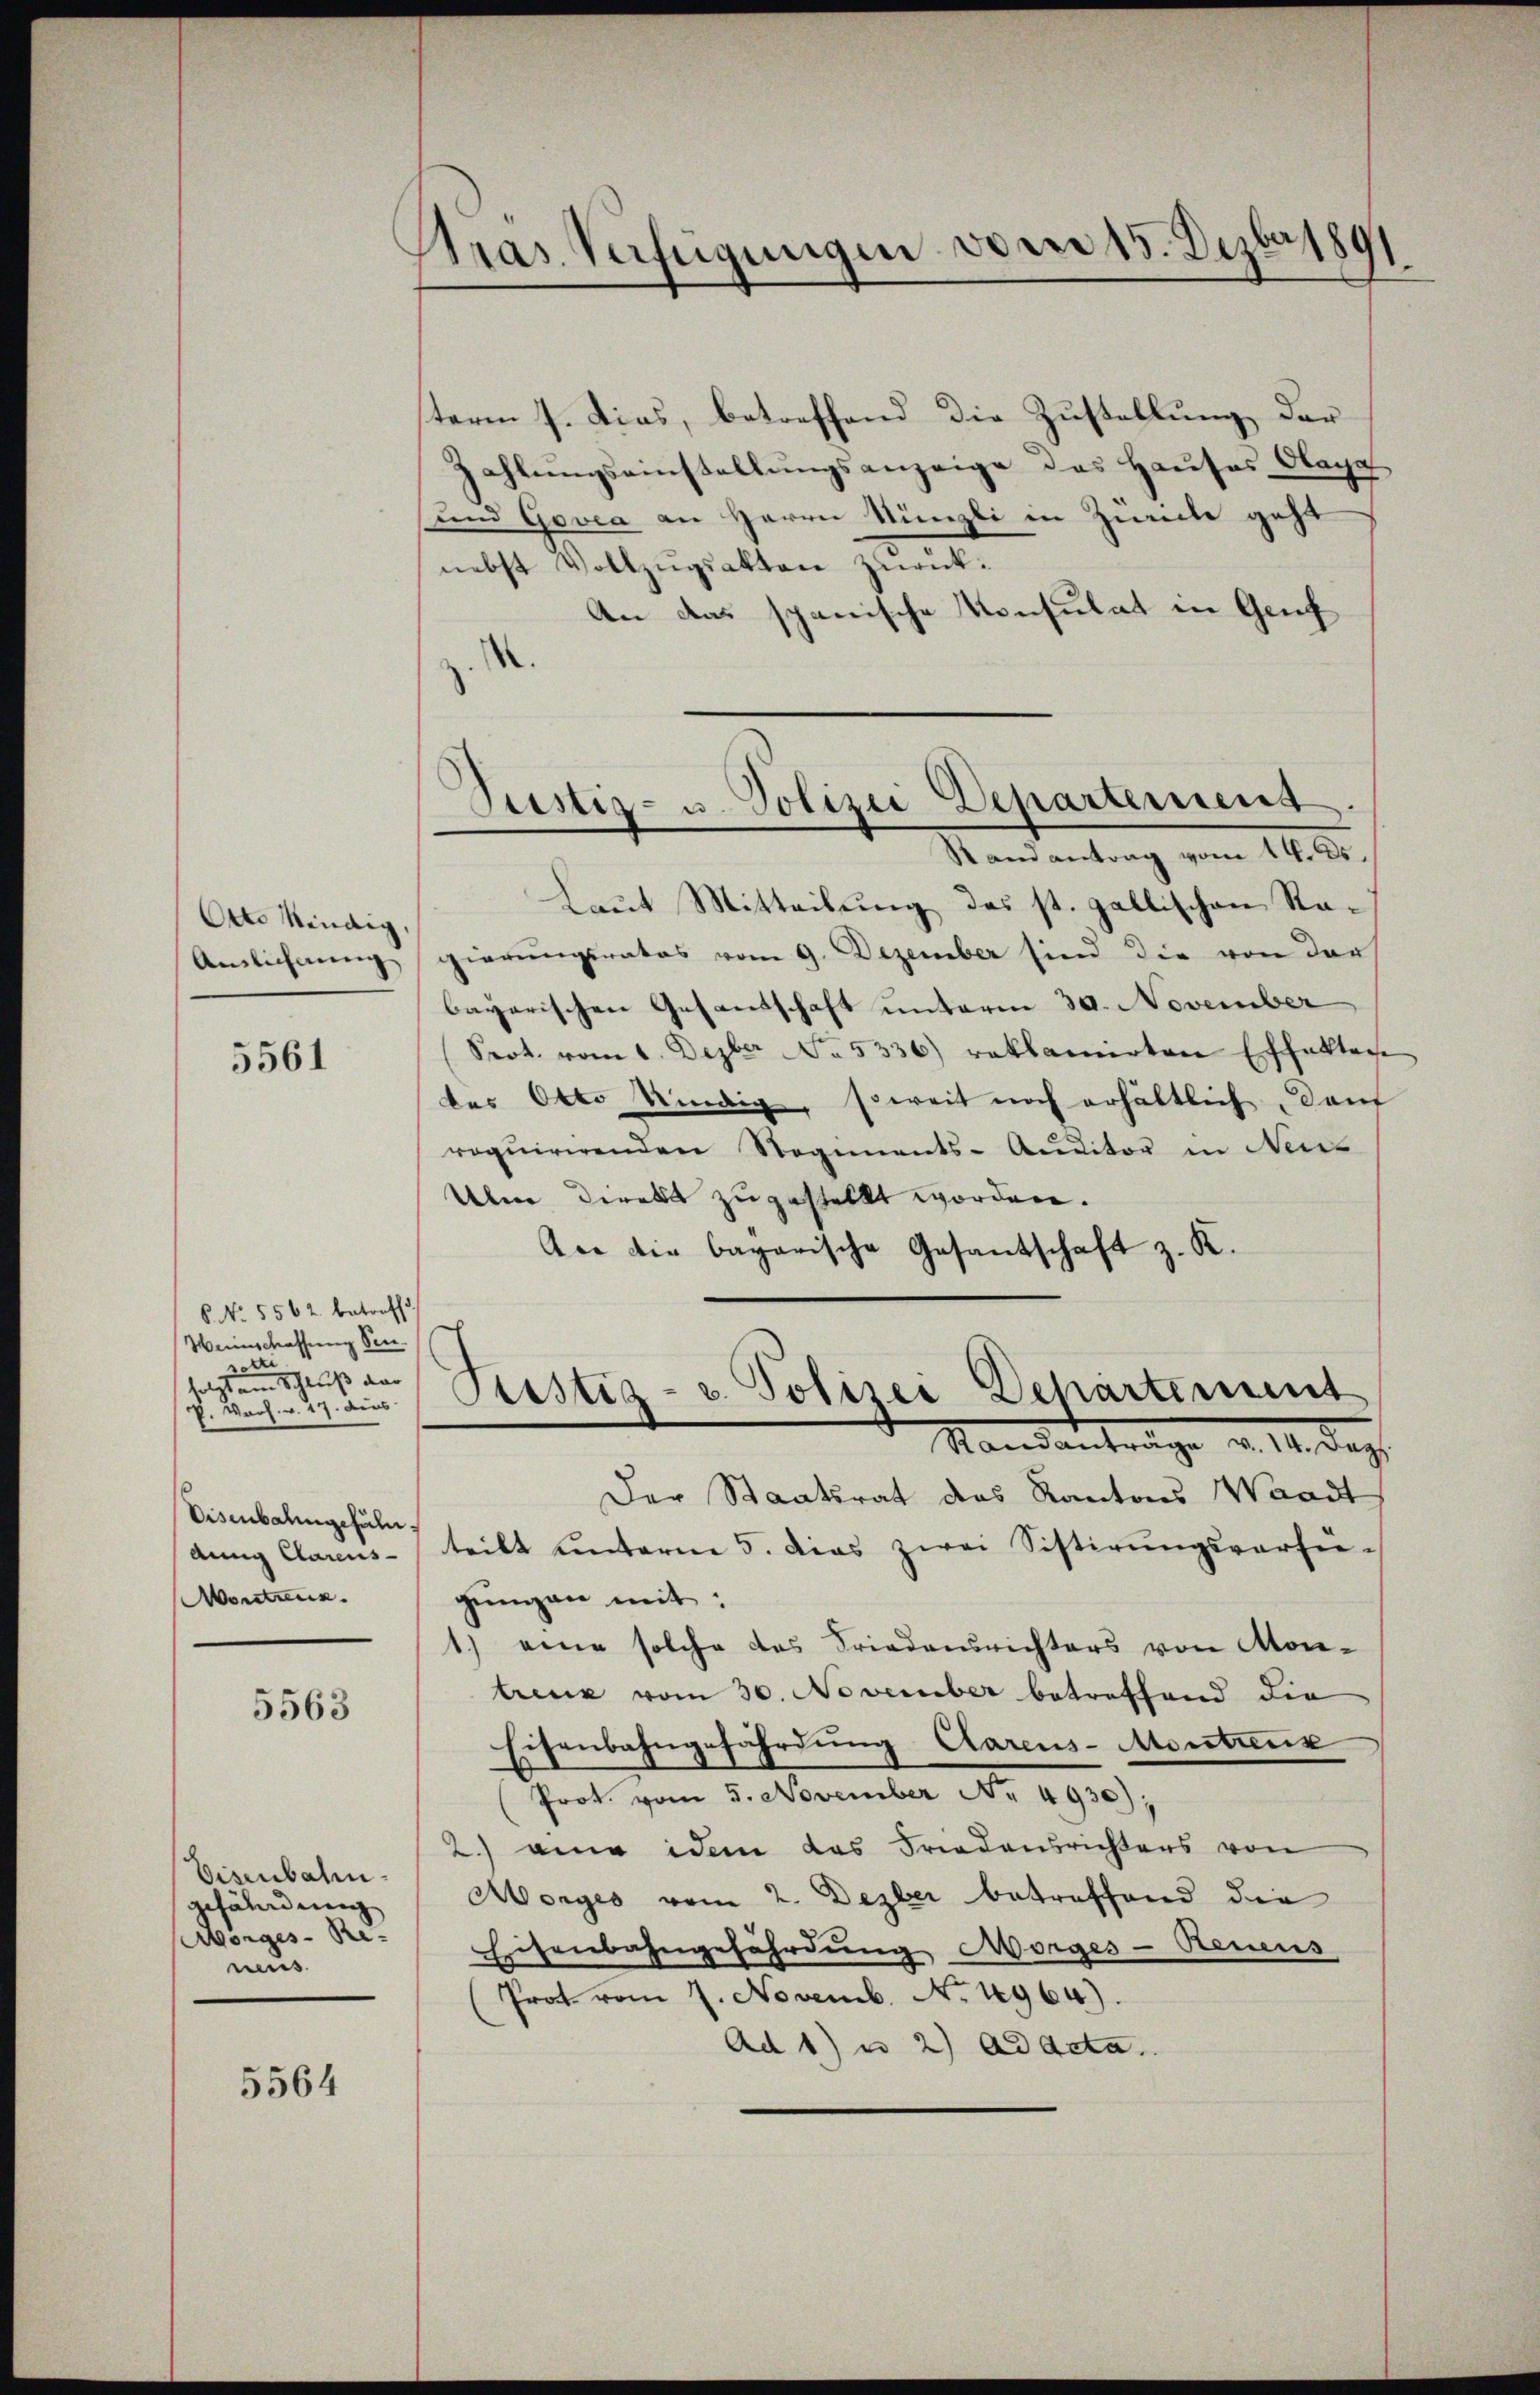
Otto kindig,
Anslichnung

5561

6 No. 5562 betreffe
Weinschaffung Sen.
bi
setztem Maß das
k. Warh. v. 27. dies

Disenbahngefüh
dung Carens-
Montanz.

5563

Eisenbahngefährdung
Morges Re-
neus

5564

Pras. Verfügungen vom 15. Dezbr 1891

term 7. dies, betreffend die Zustellung der
Zahlungseinstellungsanzeige des Hauses Olayg
und Govea an Herrn Nünzli in Zürich geht
nebst Vollzŭgsakten zurück¬
An das spanische Konsulat in Genf
.
.
Stand antrag vom 14. ds.
Laut Mitteilung des st. gallischen Ragierungsrates vom 9. Dezember sind die von der
bayerischen Gesandschaft unterm 30. November
Srot. vom 1. Dezber No. 5336) reklamirten Effekten
des Otto kindig, soweit noch erhältlich dan
roquirirenden Regiments-Auditor in Neuz
Uber direkt zugestellt worden.
Ane die bagarische Gesantschaft z. K.
Justiz- u. Polizei Departement
Mandantrage v. M. das
Der Staatsrat des Kantons Waadt
teilt unterm 5. das zwei Sistirŭngsverfergŭngen mit:
1.) eine solche das Friedensrichters von Montreuz vom 30. November betreffend die
Eisenbahngefährdung Carens-Montreux
Prot. vom 5. November Nr. 4930);
2.) eine idem das Friedensrichters von
Morges vom 2. Dezber betreffend die
Eisenbahngefährdung Morges-Reneus
Prot. vom 7. Novemb. No. 1964).
Ad 1) u. 2) ad acta.

Pustiz- u. Polizei Departement